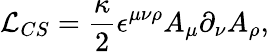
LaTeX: {\cal L}_{CS}=\frac{\kappa}{2}\epsilon^{\mu\nu\rho}A_{\mu}\partial_{\nu}A_{\rho},